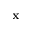
\mathbf { x }